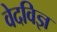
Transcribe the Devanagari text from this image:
वेदविज्ञ